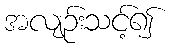
အလျဉ်းသင့်၍